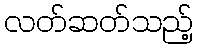
လတ်ဆတ်သည့်